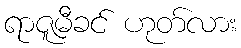
ရာဇူမီခင် ဟုတ်လား